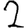
Digit: 2